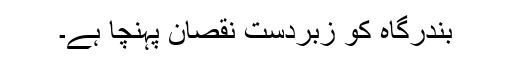
بندرگاہ کو زبردست نقصان پہنچا ہے۔